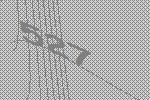
527